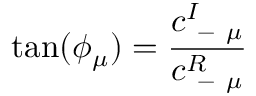
\tan ( \phi _ { \mu } ) = \frac { c _ { \mathrm { ~ - ~ } \mu } ^ { I } } { c _ { \mathrm { ~ - ~ } \mu } ^ { R } }